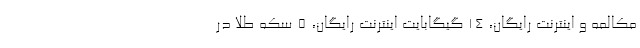
مکالمه و اینترنت رایگان، 14 گیگابایت اینترنت رایگان، 5 سکه طلا در